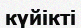
күйікті